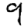
Digit: 9